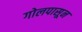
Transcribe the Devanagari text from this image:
गोलपासून